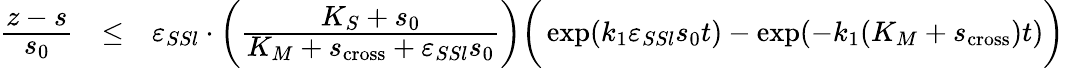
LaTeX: \begin{array}{rcl}{\cfrac{z-s}{s_{0}}}&{\leq}&{\varepsilon_{SSl}\cdot\bigg(\cfrac{K_{S}+s_{0}}{K_{M}+s_{\mathrm{cross}}+\varepsilon_{SSl}s_{0}}\bigg)\bigg(\exp(k_{1}\varepsilon_{SSl}s_{0}t)-\exp(-k_{1}(K_{M}+s_{\mathrm{cross}})t)\bigg)}\end{array}